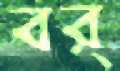
বর্